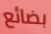
بضائع